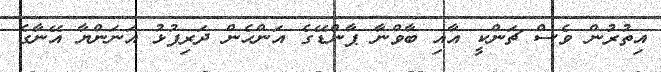
އިތުރުން ވެސް ޗަންކީ އާއި ބާވްނާ ޕާންޑޭގެ އަންހެން ދަރިފުޅު އަނަންޔާ އޭނާގެ